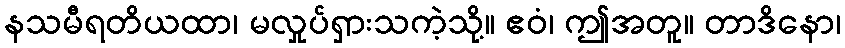
နသမီရတိယထာ၊ မလှုပ်ရှားသကဲ့သို့။ ဧဝံ၊ ဤအတူ။ တာဒိနော၊